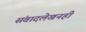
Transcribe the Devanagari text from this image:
संवादलेखनही